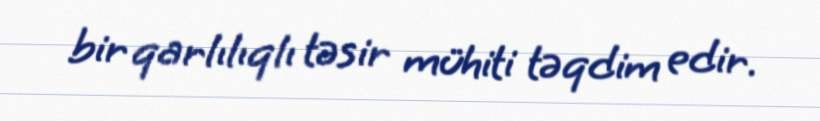
bir qarlılıqlı təsir mühiti təqdim edir.